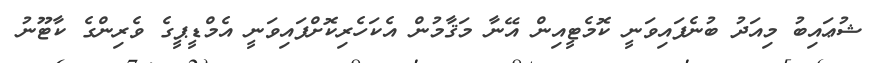
ޝުޢައިބު މިއަދު ބުނެފައިވަނީ ކޮމެޓީއިން އޭނާ މަޤާމުން އެކަހެރިކޮށްފައިވަނީ އެމްޑީޕީގެ ވެރިންގެ ކާޓޫނު